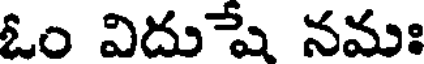
ఓం విదుేష నమః